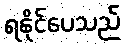
ရနိုင်ပေသည်